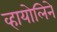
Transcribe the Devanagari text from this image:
व्हायोलिने